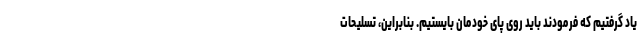
یاد گرفتیم که فرمودند باید روی پای خودمان بایستیم. بنابراین، تسلیحات